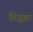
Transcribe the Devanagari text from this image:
गिद्धहा